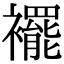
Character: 襬